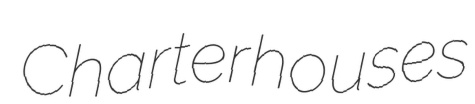
Charterhouses